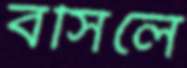
বসিলে